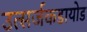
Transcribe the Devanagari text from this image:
उत्सर्जकडायोड